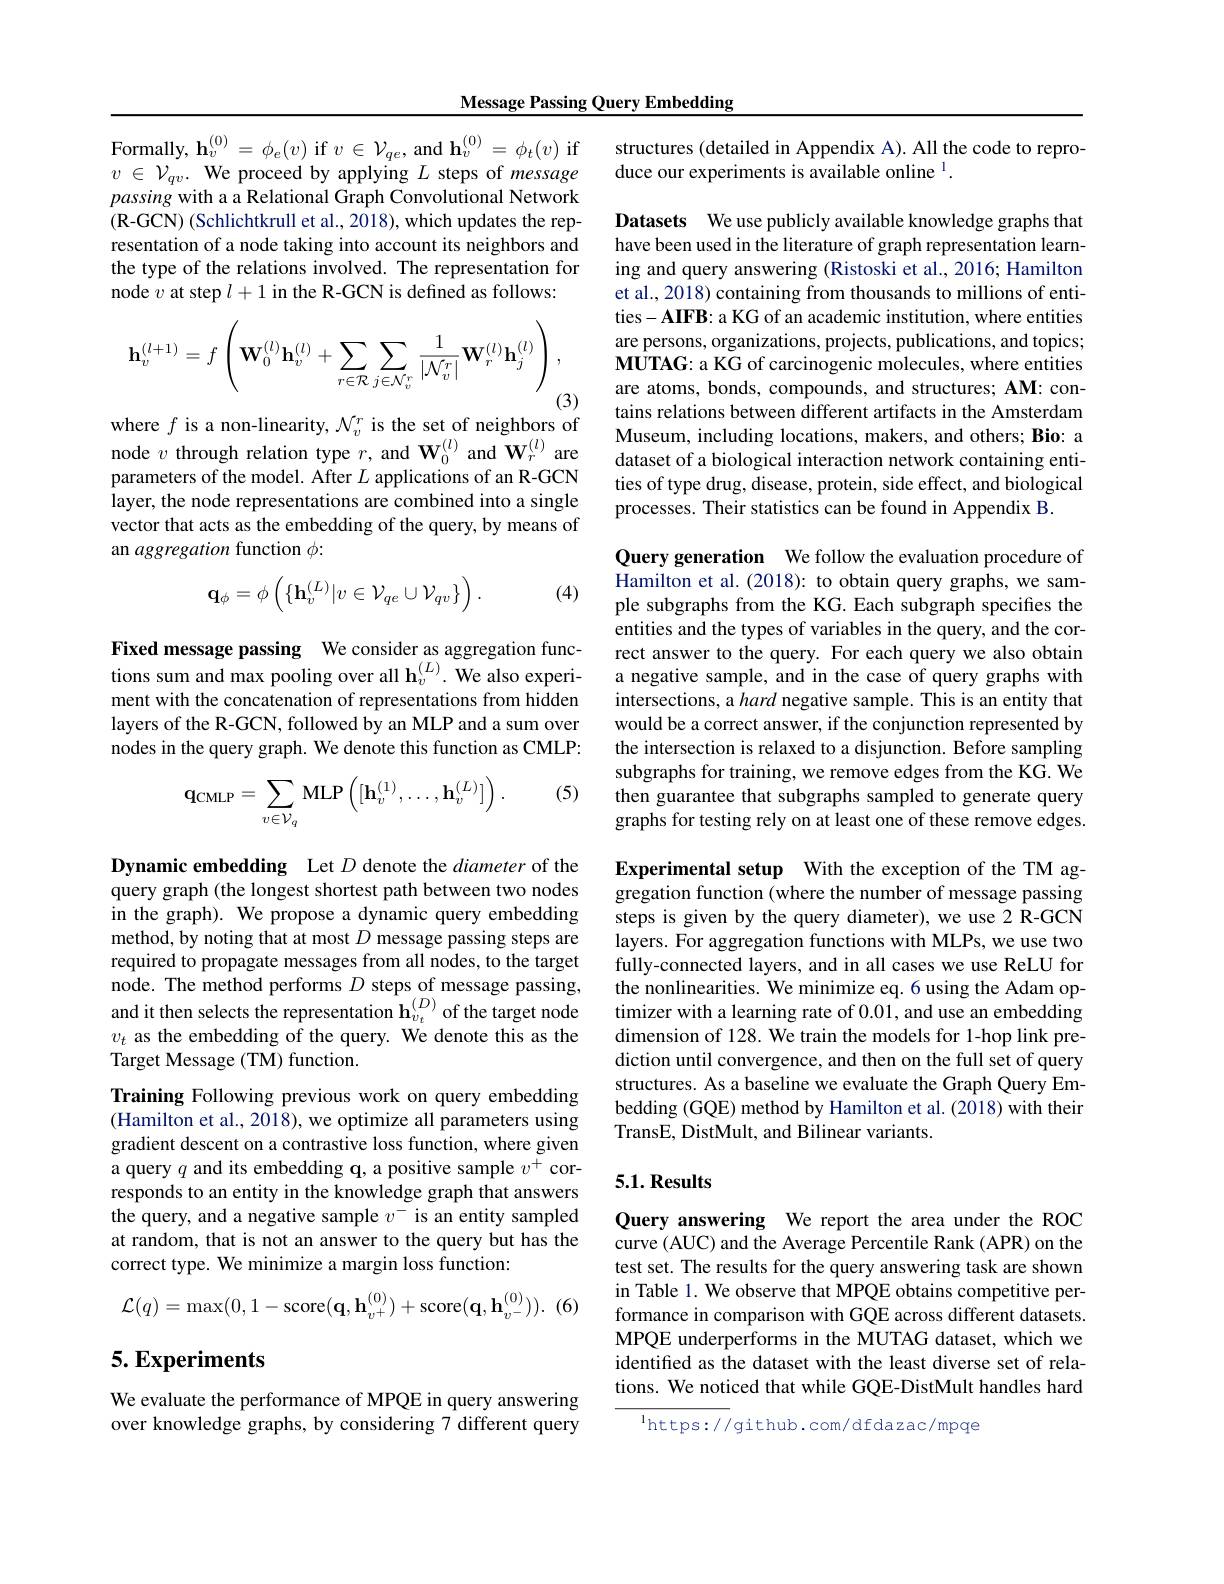
Message Passing Query Embedding

$\begin{array}{l}{\mathrm{Formally,~h}_{v}^{(0)}=\phi_{e}(v)\mathrm{~if~}v\in\mathcal{V}_{qe},\mathrm{~and~h}_{v}^{(0)}=\phi_{t}(v)\mathrm{~if}}\\{v\in\mathcal{V}_{qv}.\mathrm{~We~proceed~by~applying~}L\mathrm{~steps~of~message}}\end{array}$ passing with a a Relational Graph Convolutional Network $(\mathbf{R}-\mathbf{GCN})$(Schlichtkrull et al., 2018), which updates the representation of a node taking into account its neighbors and the type of the relations involved. The representation for node $v$ at step $l+1$ in the R-GCN is defined as follows:
$$\mathbf{h}_{v}^{(l+1)}=f\left(\mathbf{W}_{0}^{(l)}\mathbf{h}_{v}^{(l)}+\sum_{r\in\mathcal{R}}\sum_{j\in\mathcal{N}_{v}^{r}}\frac{1}{|\mathcal{N}_{v}^{r}|}\mathbf{W}_{r}^{(l)}\mathbf{h}_{j}^{(l)}\right),$$
(3)

where $f$ is a non-linearity, $\mathcal{N}_v^r$ is the set of neighbors of

node $v$ through relation type $r$, and $\mathbf{W}_0^{(l)}$ and $\mathbf{W}_r^{(l)}$ are parameters of the model. After $L$ applications of an R-GCN layer, the node representations are combined into a single vector that acts as the embedding of the query, by means of an aggregation function $\phi:$

(4)
$$\mathbf{q}_{\phi}=\phi\left(\{\mathbf{h}_{v}^{(L)}|v\in\mathcal{V}_{qe}\cup\mathcal{V}_{qv}\}\right).$$
Fixed message passing We consider as aggregation functions sum and max pooling over all $\mathbf{h}_v^{(L)}.$ We also experiment with the concatenation of representations from hidden layers of the R-GCN, followed by an MLP and a sum over nodes in the query graph. We denote this function as CMLP:

(5)
$$\mathbf{q}_{\mathrm{CMLP}}=\sum_{v\in\mathcal{V}_{q}}\mathrm{MLP}\left([\mathbf{h}_{v}^{(1)},\ldots,\mathbf{h}_{v}^{(L)}]\right).$$
Dynamic embedding Let $D$ denote the diameter of the query graph (the longest shortest path between two nodes in the graph). We propose a dynamic query embedding method, by noting that at most $D$ message passing steps are required to propagate messages from all nodes, to the target node. The method performs $D$ steps of message passing, and it then selects the representation $\mathbf{h}_{v_t}^{(D)}$ of the target node $v_t$ as the embedding of the query. We denote this as the Target Message (TM) function.

Training Following previous work on query embedding (Hamilton et al., 2018), we optimize all parameters using gradient descent on a contrastive loss function, where given a query $q$ and its embedding q, a positive sample $v^+$ corresponds to an entity in the knowledge graph that answers the query, and a negative sample $v^-$ is an entity sampled at random, that is not an answer to the query but has the correct type. We minimize a margin loss function:

(6
$$\mathcal{L}(q)=\max(0,1-\mathrm{score}(\mathbf{q},\mathbf{h}_{v^{+}}^{(0)})+\mathrm{score}(\mathbf{q},\mathbf{h}_{v^{-}}^{(0)})).$$
## 5. Experiments

We evaluate the performance of MPQE in query answering over knowledge graphs, by considering 7 different query

structures (detailed in Appendix A). All the code to repro-
duce our experiments is available online $^{1}.$

Datasets We use publicly available knowledge graphs that have been used in the literature of graph representation learning and query answering (Ristoski et al., 2016; Hamilton et al., 2018) containing from thousands to millions of entities- AIFB: a KG of an academic institution, where entities are persons, organizations, projects, publications, and topics; MUTAG: a KG of carcinogenic molecules, where entities are atoms, bonds, compounds, and structures; AM: contains relations between different artifacts in the Amsterdam Museum, including locations, makers, and others; Bio: a dataset of a biological interaction network containing entities of type drug, disease, protein, side effect, and biological processes. Their statistics can be found in Appendix B.

Query generation We follow the evaluation procedure of Hamilton et al. (2018): to obtain query graphs, we sample subgraphs from the KG. Each subgraph specifies the entities and the types of variables in the query, and the correct answer to the query. For each query we also obtain a negative sample, and in the case of query graphs with intersections, a hard negative sample. This is an entity that would be a correct answer, if the conjunction represented by the intersection is relaxed to a disjunction. Before sampling subgraphs for training, we remove edges from the KG. We then guarantee that subgraphs sampled to generate query graphs for testing rely on at least one of these remove edges.

Experimental setup With the exception of the TM aggregation function (where the number of message passing steps is given by the query diameter), we use 2 R-GCN layers. For aggregation functions with MLPs, we use two fully-connected layers, and in all cases we use ReLU for the nonlinearities. We minimize eq. 6 using the Adam optimizer with a learning rate of 0.01, and use an embedding dimension of 128. We train the models for 1-hop link prediction until convergence, and then on the full set of query structures. As a baseline we evaluate the Graph Query Embedding (GQE) method by Hamilton et al. (2018) with their TransE, DistMult, and Bilinear variants.

### $5. 1. \textbf{Results}$

Query answering We report the area under the ROC curve (AUC) and the Average Percentile Rank (APR) on the test set. The results for the query answering task are shown in Table 1. We observe that MPQE obtains competitive performance in comparison with GQE across different datasets. MPQE underperforms in the MUTAG dataset, which we identified as the dataset with the least diverse set of relations. We noticed that while GQE-DistMult handles hard

$^{1}$https://github.com/dfdazac/mpqe